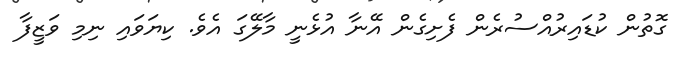
ގޮތުން ކުޑައިރުއްސުރެން ފެށިގެން އޭނާ އުޅެނީ މާލޭގަ އެވެ. ކިޔަވައި ނިމި ވަޒީފާ